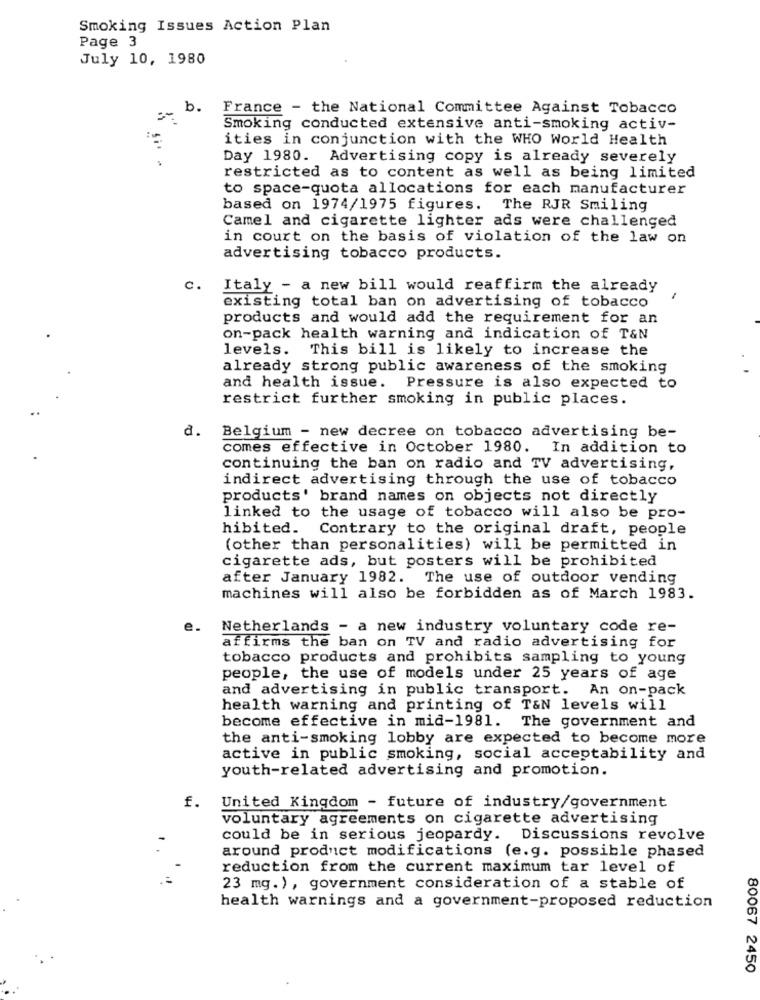
Smoking Issues Action Plan
Page 3
July 10, 1980
b.
France - the National Committee Against Tobacco
Smoking conducted extensive anti-smoking activ-
ities in conjunction with the WHO World Health
Day 1980. Advertising copy is already severely
restricted as to content as well as being limited
to space-quota allocations for each manufacturer
based on 1974/1975 figures. The RJR Smiling
Camel and cigarette lighter ads were challenged
in court on the basis of violation of the law on
advertising tobacco products.
c.
Italy - a new bill would reaffirm the already
1
existing total ban on advertising of tobacco
products and would add the requirement for an
on-pack health warning and indication of T&N
levels.
This bill is likely to increase the
already strong public awareness of the smoking
and health issue.
Pressure is also expected to
restrict further smoking in public places.
d. Belgium - new decree on tobacco advertising be-
comes effective in October 1980. In addition to
continuing the ban on radio and TV advertising,
indirect advertising through the use of tobacco
products' brand names on objects not directly
linked to the usage of tobacco will also be pro-
hibited. Contrary to the original draft, people
(other than personalities) will be permitted in
cigarette ads, but posters will be prohibited
after January 1982. The use of outdoor vending
machines will also be forbidden as of March 1983.
e.
Netherlands - a new industry voluntary code re-
affirms the ban on TV and radio advertising for
tobacco products and prohibits sampling to young
people, the use of models under 25 years of age
and advertising in public transport. An on-pack
health warning and printing of T&N levels will
become effective in mid-1981. The government and
the anti-smoking lobby are expected to become more
active in public smoking, social acceptability and
youth-related advertising and promotion.
f.
United Kingdom - future of industry/government
voluntary agreements on cigarette advertising
could be in serious jeopardy. Discussions revolve
around product modifications (e.g. possible phased
reduction from the current maximum tar level of
23 mg.), government consideration of a stable of
health warnings and a government-proposed reduction
80067 2450